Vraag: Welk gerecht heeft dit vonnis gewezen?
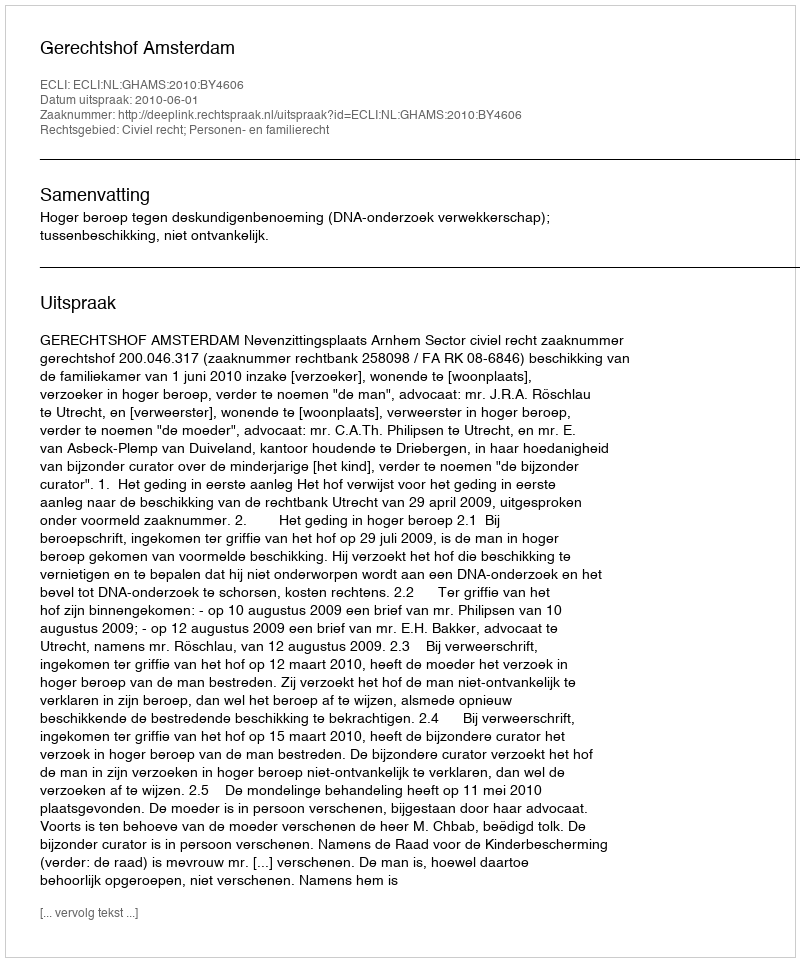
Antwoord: Gerechtshof Amsterdam